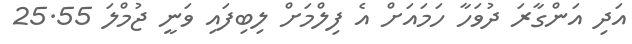
އަދި އަންގާރަ ދުވަހާ ހަމައަށް އެ ފިލްމަށް ލިބިފައި ވަނީ ޖުމްލަ 25.55